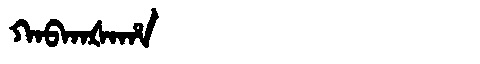
Manchu: ᡴᠠᠪᡴᠠᡧᠠᡥᠠ
Romanization: KABKAŠAHA